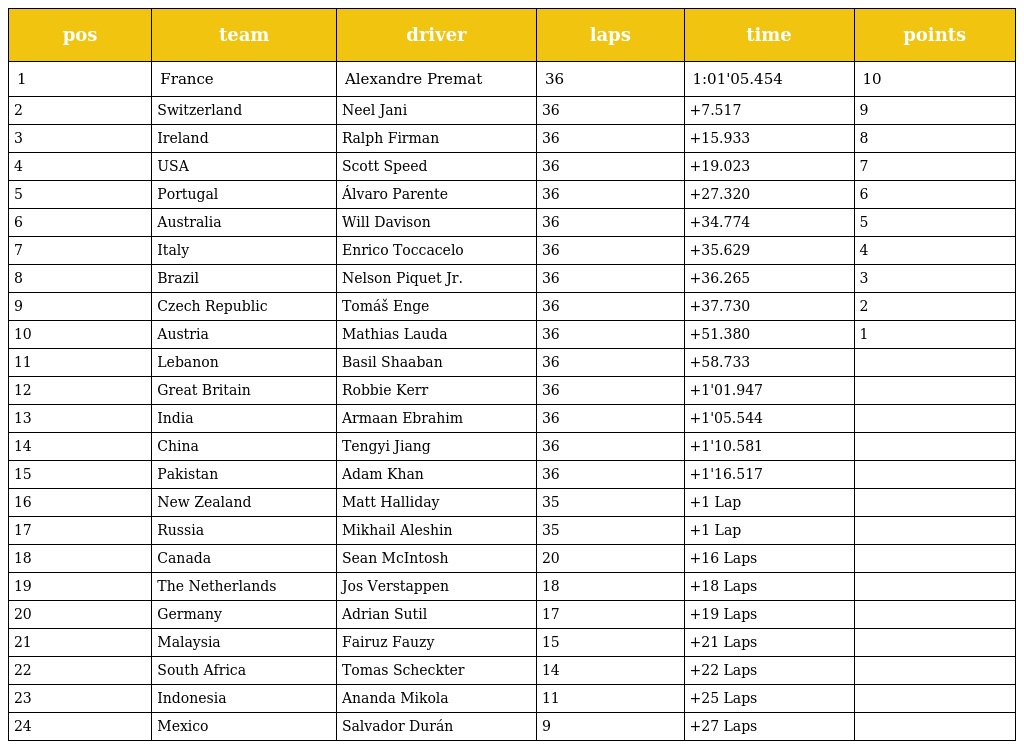
| pos | team | driver | laps | time | points |
 | --- | --- | --- | --- | --- | --- |
 | 1 | France | Alexandre Premat | 36 | 1:01'05.454 | 10 |
 | 2 | Switzerland | Neel Jani | 36 | +7.517 | 9 |
 | 3 | Ireland | Ralph Firman | 36 | +15.933 | 8 |
 | 4 | USA | Scott Speed | 36 | +19.023 | 7 |
 | 5 | Portugal | Álvaro Parente | 36 | +27.320 | 6 |
 | 6 | Australia | Will Davison | 36 | +34.774 | 5 |
 | 7 | Italy | Enrico Toccacelo | 36 | +35.629 | 4 |
 | 8 | Brazil | Nelson Piquet Jr. | 36 | +36.265 | 3 |
 | 9 | Czech Republic | Tomáš Enge | 36 | +37.730 | 2 |
 | 10 | Austria | Mathias Lauda | 36 | +51.380 | 1 |
 | 11 | Lebanon | Basil Shaaban | 36 | +58.733 |  |
 | 12 | Great Britain | Robbie Kerr | 36 | +1'01.947 |  |
 | 13 | India | Armaan Ebrahim | 36 | +1'05.544 |  |
 | 14 | China | Tengyi Jiang | 36 | +1'10.581 |  |
 | 15 | Pakistan | Adam Khan | 36 | +1'16.517 |  |
 | 16 | New Zealand | Matt Halliday | 35 | +1 Lap |  |
 | 17 | Russia | Mikhail Aleshin | 35 | +1 Lap |  |
 | 18 | Canada | Sean McIntosh | 20 | +16 Laps |  |
 | 19 | The Netherlands | Jos Verstappen | 18 | +18 Laps |  |
 | 20 | Germany | Adrian Sutil | 17 | +19 Laps |  |
 | 21 | Malaysia | Fairuz Fauzy | 15 | +21 Laps |  |
 | 22 | South Africa | Tomas Scheckter | 14 | +22 Laps |  |
 | 23 | Indonesia | Ananda Mikola | 11 | +25 Laps |  |
 | 24 | Mexico | Salvador Durán | 9 | +27 Laps |  |